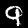
Digit: 9